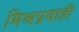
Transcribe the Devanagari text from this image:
मिश्रप्रवाही